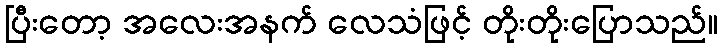
ပြီးတော့ အလေးအနက် လေသံဖြင့် တိုးတိုးပြောသည်။